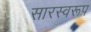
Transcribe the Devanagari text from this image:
सारस्वरूप